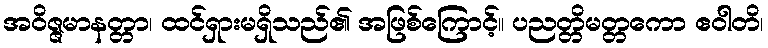
အဝိဇ္ဇမာနတ္တာ၊ ထင်ရှားမရှိသည်၏ အဖြစ်ကြောင့်။ ပညတ္တိမတ္တကော ဧဝါတိ၊